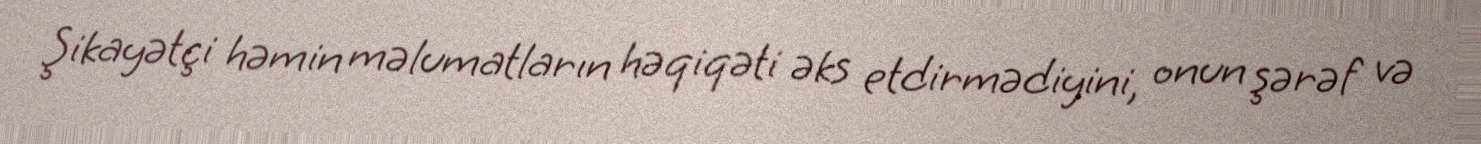
Şikayətçi həmin məlumatların həqiqəti əks etdirmədiyini, onun şərəf və